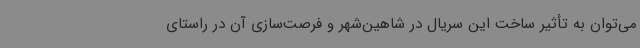
می‌توان به تأثیر ساخت این سریال در شاهین‌شهر و فرصت‌سازی‌ آن در راستای